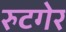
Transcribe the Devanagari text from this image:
रुटगेर